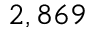
2 , 8 6 9